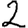
Digit: 2